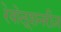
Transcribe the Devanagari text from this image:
रेवोलूशनरीज़